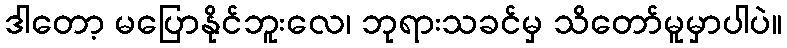
ဒါတော့ မပြောနိုင်ဘူးလေ၊ ဘုရားသခင်မှ သိတော်မူမှာပါပဲ။